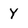
Character: Y